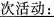
次活动：